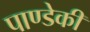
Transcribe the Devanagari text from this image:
पाण्डेकी